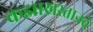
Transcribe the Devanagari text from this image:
कझाखस्तानचे